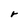
Character: r